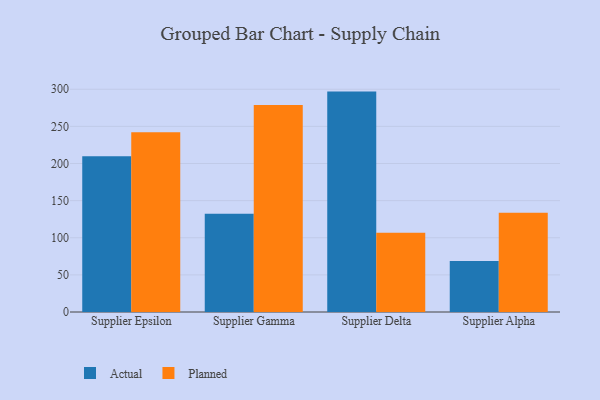
{"axis": {"x": "Supplier", "y": "Latency (ms)"}, "legend": ["Actual", "Planned"], "data": [{"x": "Supplier Epsilon", "y": 209.7, "type": "Actual"}, {"x": "Supplier Epsilon", "y": 242.2, "type": "Planned"}, {"x": "Supplier Gamma", "y": 132.2, "type": "Actual"}, {"x": "Supplier Gamma", "y": 278.9, "type": "Planned"}, {"x": "Supplier Delta", "y": 296.8, "type": "Actual"}, {"x": "Supplier Delta", "y": 106.7, "type": "Planned"}, {"x": "Supplier Alpha", "y": 68.6, "type": "Actual"}, {"x": "Supplier Alpha", "y": 133.5, "type": "Planned"}]}